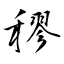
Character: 穋